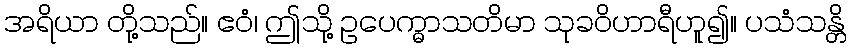
အရိယာ တို့သည်။ ဧဝံ၊ ဤသို့ ဥပေက္ဓာသတိမာ သုခဝိဟာရီဟူ၍။ ပသံသန္တိ